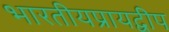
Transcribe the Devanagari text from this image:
भारतीयप्रायद्वीप